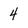
Character: 4